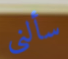
سألنى